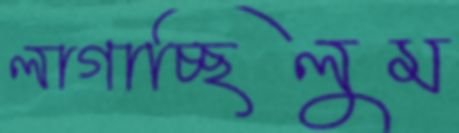
লাগাচ্ছিলুম